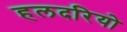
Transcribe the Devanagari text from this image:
हलदरियो